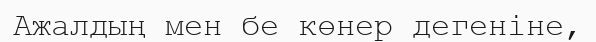
Ажалдың мен бе көнер дегеніне,